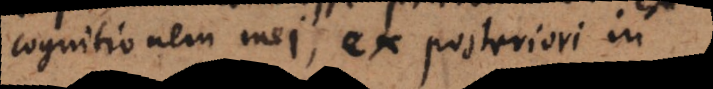
cognitionem mei, ex posteriori in